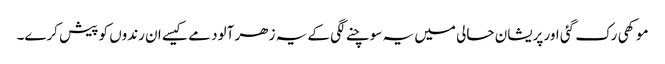
موکھی رک گئی اور پریشان حالی میں یہ سوچنے لگی کے یہ زھر آلود مے کیسے ان رندوں کو پیش کرے۔